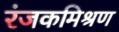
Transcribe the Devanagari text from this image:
रंजकमिश्रण